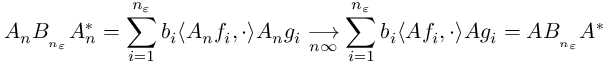
A _ { n } B _ { _ { n _ { \varepsilon } } } A _ { n } ^ { * } = \sum _ { i = 1 } ^ { n _ { \varepsilon } } b _ { i } \langle A _ { n } f _ { i } , \cdot \rangle A _ { n } g _ { i } \underset { n \infty } { \longrightarrow } \sum _ { i = 1 } ^ { n _ { \varepsilon } } b _ { i } \langle A f _ { i } , \cdot \rangle A g _ { i } = A B _ { _ { n _ { \varepsilon } } } A ^ { * }